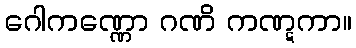
ဂေါကဏ္ဏော ဂဏိ ကဏ္ဋကာ။